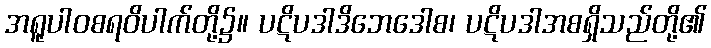
အရူပါဝစရဝိပါက်တို့၌။ ပဋိပဒါဒိဘေဒေါစ၊ ပဋိပဒါအစရှိသည်တို့၏